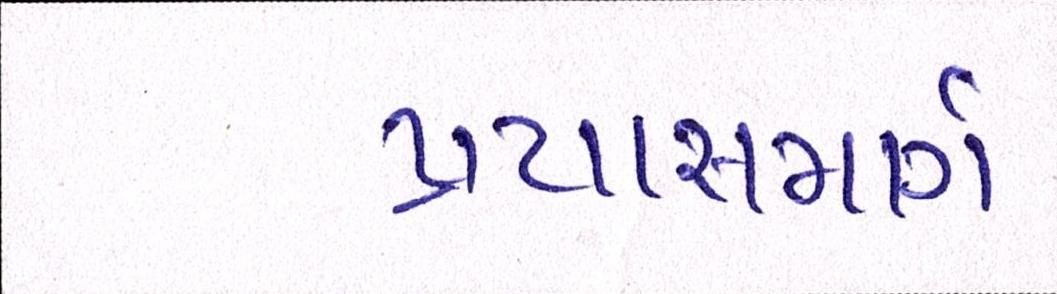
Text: પ્રયાસમાર્ગ